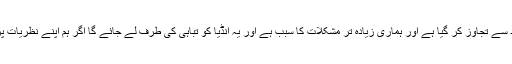
اور ایک ہندوستانی قوم کا غلط تصور حدود سے تجاوز کر گیا ہے اور ہماری زیادہ تر مشکلات کا سبب ہے اور یہ انڈیا کو تباہی کی طرف لے جائے گا اگر ہم اپنے نظریات پر بر وقت نظر ثانی کرنے میں ناکام رہے۔